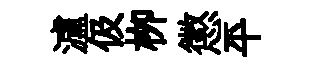
瀘伋栁懲平